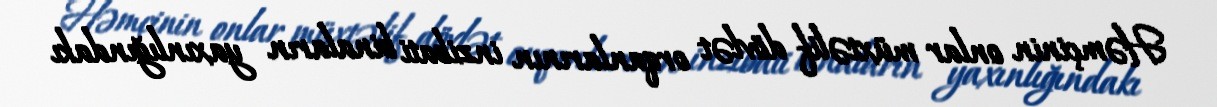
Həmçinin onlar müxtəlif dövlət orqanlarının inzibati binaların yaxınlığındakı